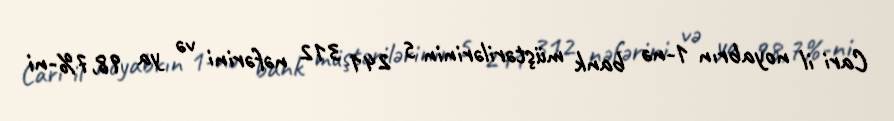
Cari il noyabrın 1-nə bank müştərilərinin 5 241 312 nəfərini və ya 98,7%-ni